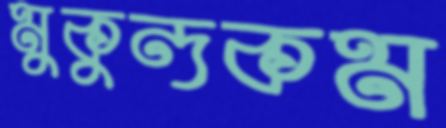
মুকুন্দকম